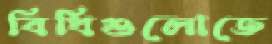
বিধিগুলোতে